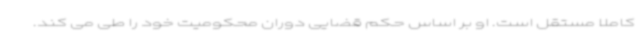
کاملا مستقل است. او بر اساس حکم قضایی دوران محکومیت خود را طی می کند.